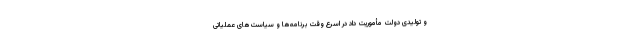
و تولیدی دولت مأموریت داد در اسرع وقت برنامه‌ها و سیاست‌های عملیاتی